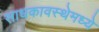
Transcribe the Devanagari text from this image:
साधकावस्थेमध्ये